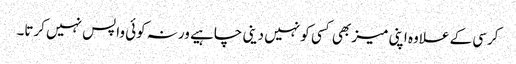
کرسی کے علاوہ اپنی میز بھی کسی کو نہیں دینی چاہیے ورنہ کوئی واپس نہیں کرتا۔